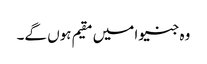
وہ جنیوا میں مقیم ہوں گے۔